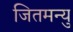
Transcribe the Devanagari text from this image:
जितमन्यु